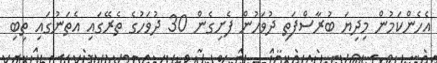
އެހެންކަމުން މިދިޔަ ބުރާސްފަތި ދުވަހުން ފެށިގެން 30 ދުވަހުގެ ތެރޭގައި އެތަނުގައި ތިބި